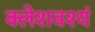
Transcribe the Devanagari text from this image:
क्लेशवश्यं